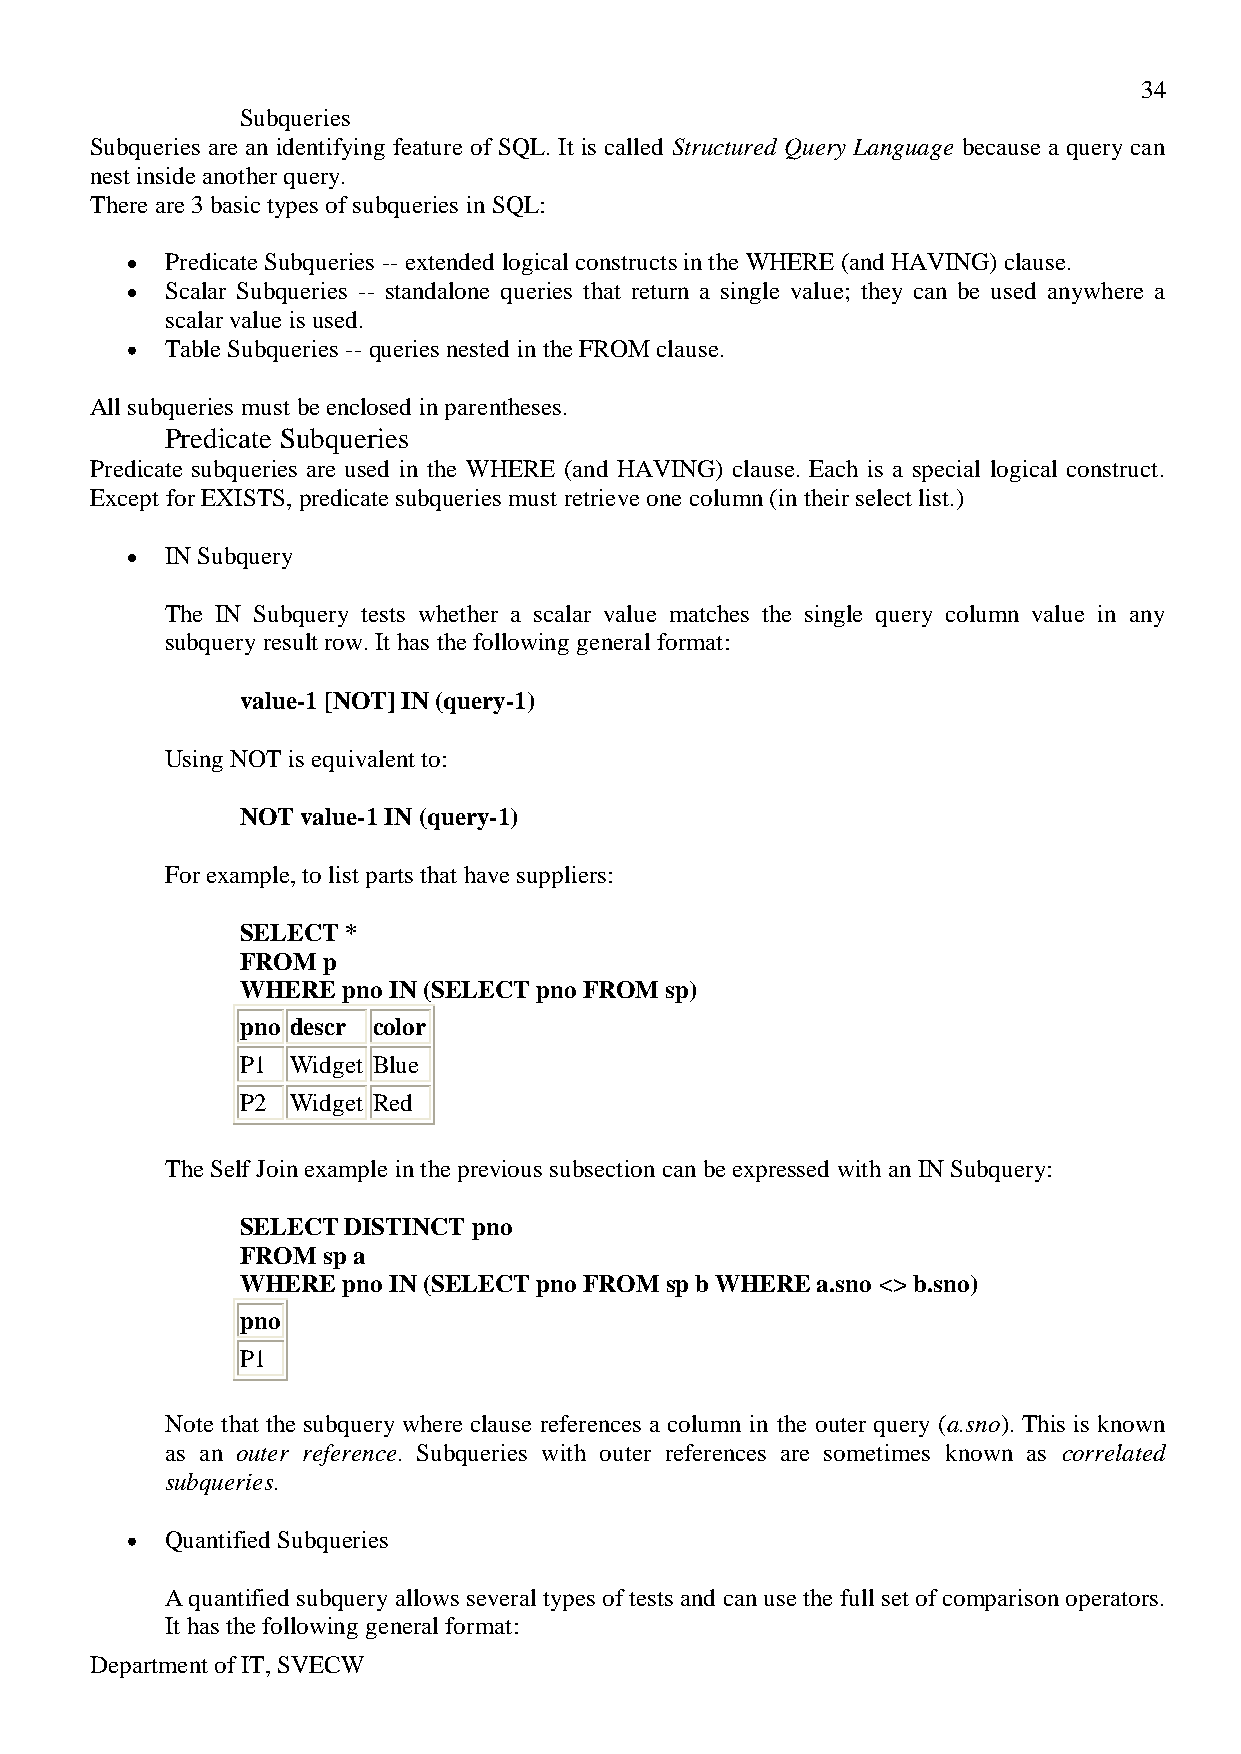
34
 Subqueries
 Subqueries are an identifying feature of SQL. It is called Structured Query Language because a query can
 nest inside another query.
 There are 3 basic types of subqueries in SQL:
 Predicate Subqueries -- extended logical constructs in the WHERE (and HAVING) clause.
 Scalar Subqueries -- standalone queries that return a single value; they can be used anywhere a
 scalar value is used.
 Table Subqueries -- queries nested in the FROM clause.
 All subqueries must be enclosed in parentheses.
 Predicate Subqueries
 Predicate subqueries are used in the WHERE (and HAVING) clause. Each is a special logical construct.
 Except for EXISTS, predicate subqueries must retrieve one column (in their select list.)
 IN Subquery
 The IN Subquery tests whether a scalar value matches the single query column value in any
 subquery result row. It has the following general format:
 value-1 [NOT] IN (query-1)
 Using NOT is equivalent to:
 NOT value-1 IN (query-1)
 For example, to list parts that have suppliers:
 SELECT *
 FROM p
 WHERE  pno IN (SELECT pno FROM sp)
 pno descr color
 P1 Widget Blue
 P2 Widget Red
 The Self Join example in the previous subsection can be expressed with an IN Subquery:
 SELECT DISTINCT pno
 FROM sp a
 WHERE  pno IN (SELECT pno FROM sp b WHERE a.sno <> b.sno)
 pno
 P1
 Note that the subquery where clause references a column in the outer query (a.sno). This is known
 as an outer reference. Subqueries with outer references are sometimes known as correlated
 subqueries.
 Quantified Subqueries
 A quantified subquery allows several types of tests and can use the full set of comparison operators.
 It has the following general format:
 Department of IT, SVECW